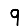
Digit: 9